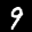
Label: 9